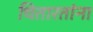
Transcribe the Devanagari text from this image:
चितारतांना